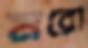
মরো